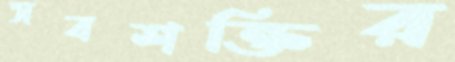
সবশক্তির